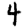
Digit: 4